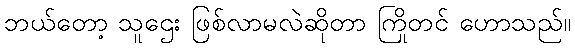
ဘယ်တော့ သူဌေး ဖြစ်လာမလဲဆိုတာ ကြိုတင် ဟောသည်။